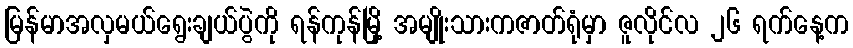
မြန်မာအလှမယ်ရွေးချယ်ပွဲကို ရန်ကုန်မြို့ အမျိုးသားကဇာတ်ရုံမှာ ဇူလိုင်လ ၂၆ ရက်နေ့က